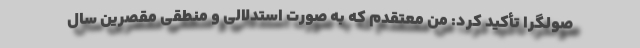
صولگرا تأکید کرد: من معتقدم که به صورت استدلالی و منطقی مقصرین سال